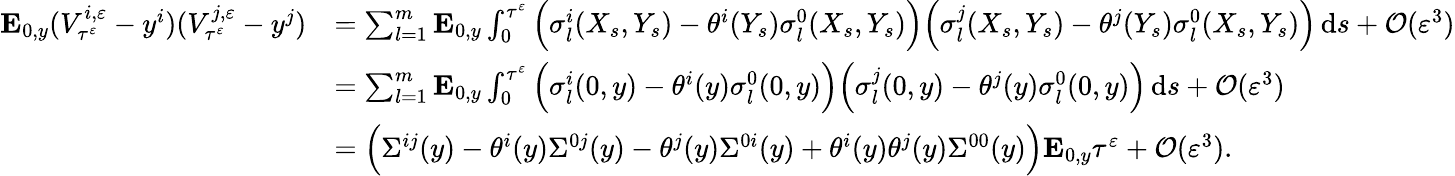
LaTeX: \begin{array}{rl}{\mathbf{E}_{0,y}(V_{\tau^{\varepsilon}}^{i,\varepsilon}-y^{i})(V_{\tau^{\varepsilon}}^{j,\varepsilon}-y^{j})}&{=\sum_{l=1}^{m}\mathbf{E}_{0,y}\int_{0}^{\tau^{\varepsilon}}\Big(\sigma_{l}^{i}(X_{s},Y_{s})-\theta^{i}(Y_{s})\sigma_{l}^{0}(X_{s},Y_{s})\Big)\Big(\sigma_{l}^{j}(X_{s},Y_{s})-\theta^{j}(Y_{s})\sigma_{l}^{0}(X_{s},Y_{s})\Big)\, \mathrm{d}s+\mathcal O(\varepsilon^{3})}\\ &{=\sum_{l=1}^{m}\mathbf{E}_{0,y}\int_{0}^{\tau^{\varepsilon}}\Big(\sigma_{l}^{i}(0,y)-\theta^{i}(y)\sigma_{l}^{0}(0,y)\Big)\Big(\sigma_{l}^{j}(0,y)-\theta^{j}(y)\sigma_{l}^{0}(0,y)\Big)\, \mathrm{d}s+\mathcal O(\varepsilon^{3})}\\ &{=\Big(\Sigma^{ij}(y)-\theta^{i}(y)\Sigma^{0j}(y)-\theta^{j}(y)\Sigma^{0i}(y)+\theta^{i}(y)\theta^{j}(y)\Sigma^{00}(y)\Big)\mathbf{E}_{0,y}\tau^{\varepsilon}+\mathcal O(\varepsilon^{3}).}\end{array}